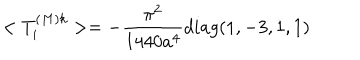
< T _ { i } ^ { ( M ) k } > = - \frac { \pi ^ { 2 } } { 1 4 4 0 a ^ { 4 } } d i a g ( 1 , - 3 , 1 , 1 )